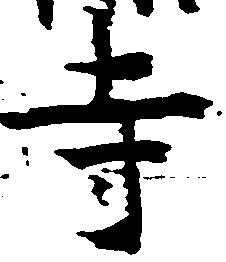
寺